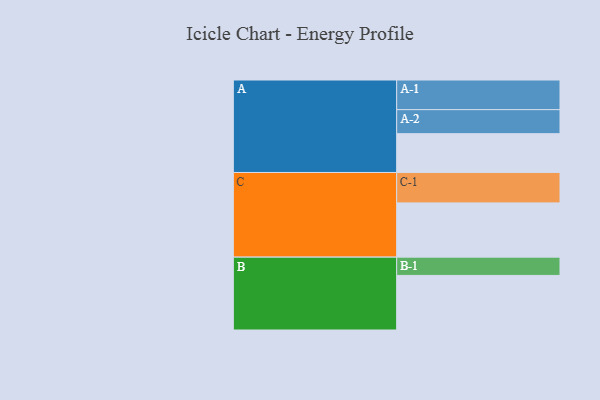
{"axis": {"x": "Segment", "y": "Value"}, "legend": ["", "A", "B", "C"], "data": [{"x": "A", "y": 352, "type": ""}, {"x": "B", "y": 495, "type": ""}, {"x": "C", "y": 492, "type": ""}, {"x": "A-1", "y": 269, "type": "A"}, {"x": "A-2", "y": 218, "type": "A"}, {"x": "B-1", "y": 166, "type": "B"}, {"x": "C-1", "y": 276, "type": "C"}]}